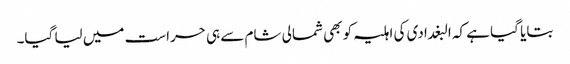
بتایا گیا ہے کہ البغدادی کی اہلیہ کو بھی شمالی شام سے ہی حراست میں لیا گیا۔